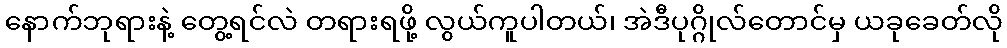
နောက်ဘုရားနဲ့ တွေ့ရင်လဲ တရားရဖို့ လွယ်ကူပါတယ်၊ အဲဒီပုဂ္ဂိုလ်တောင်မှ ယခုခေတ်လို